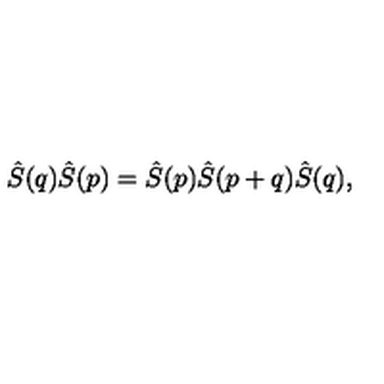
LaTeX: \hat { S } ( q ) \hat { S } ( p ) = \hat { S } ( p ) \hat { S } ( p + q ) \hat { S } ( q ) ,